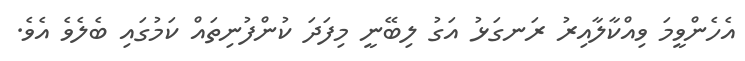
އެހެންވީމަ ވިއްކާލާއިރު ރަނގަޅު އަގު ލިބޭނީ މިފަދަ ކުންފުނިތައް ކަމުގައި ބެލެވެ އެވެ.